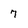
Character: 7